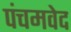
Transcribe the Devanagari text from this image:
पंचमवेद